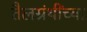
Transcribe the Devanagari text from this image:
तैलग्रंथींच्या